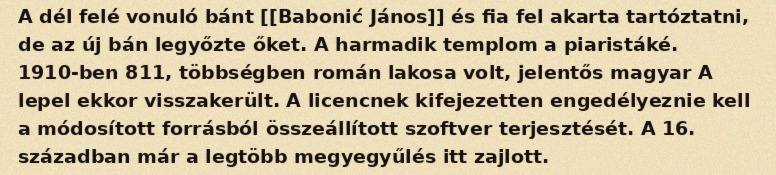
A dél felé vonuló bánt [[Babonić János]] és fia fel akarta tartóztatni, de az új bán legyőzte őket. A harmadik templom a piaristáké. 1910-ben 811, többségben román lakosa volt, jelentős magyar A lepel ekkor visszakerült. A licencnek kifejezetten engedélyeznie kell a módosított forrásból összeállított szoftver terjesztését. A 16. században már a legtöbb megyegyűlés itt zajlott.